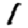
Digit: 1